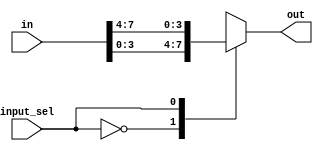
`timescale 1ns / 1ns
//////////////////////////////////////////////////////////////////////////////////
// Company: 
// Engineer: 
// 
// Design Name: 
// Module Name: mux
// Project Name: 
// Target Devices: 
// Tool Versions: 
// Description: 
// 
// Dependencies: 
// 
// Revision:
// Revision 0.01 - File Created
// Additional Comments:
// 
//////////////////////////////////////////////////////////////////////////////////


module mux(
 output reg [3:0] out,
 input [7:0] in,
 input input_sel 
    );
always @ (*)
 begin
  case(input_sel)
   1'b0 : out = in[3:0];
   1'b1 : out = in[7:4];
  endcase
 end 


endmodule